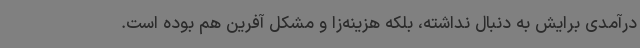
درآمدی برایش به دنبال نداشته، بلکه هزینه‌زا و مشکل آفرین هم بوده است.